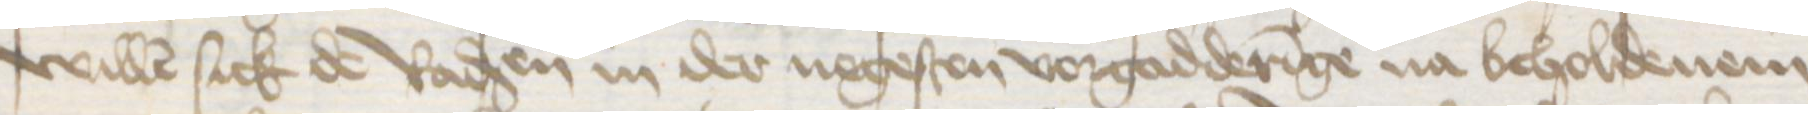
willen sick de Radsen in der negesten vorgadderinge na beholdenem